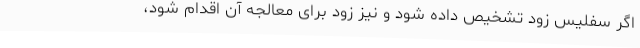
اگر سفلیس زود تشخیص داده شود و نیز زود برای معالجه آن اقدام شود،